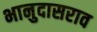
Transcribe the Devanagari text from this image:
भानुदासराव